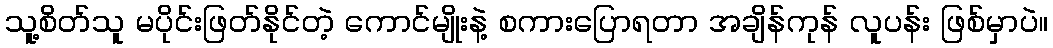
သူ့စိတ်သူ မပိုင်းဖြတ်နိုင်တဲ့ ကောင်မျိုးနဲ့ စကားပြောရတာ အချိန်ကုန် လူပန်း ဖြစ်မှာပဲ။